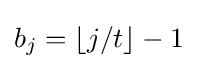
b_{j}=\lfloor j/t\rfloor -1